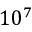
1 0 ^ { 7 }